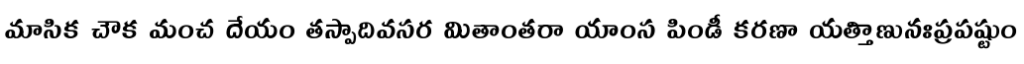
మాసిక చౌక మంచ దేయం తస్పాదివసర మితాంతరా యాంస పిండీ కరణా యత్తిాణునఃప్రపష్టుం